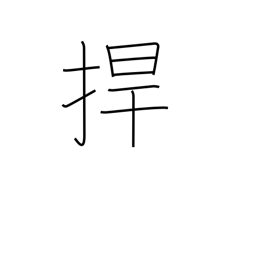
Meaning: protect